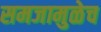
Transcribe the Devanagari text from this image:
समजामुळेच